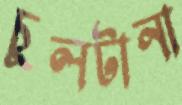
চুলটানা